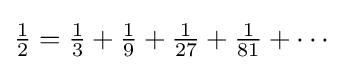
\textstyle {\frac {1}{2}}={\frac {1}{3}}+{\frac {1}{9}}+{\frac {1}{27}}+{\frac {1}{81}}+\cdots